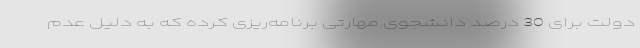
دولت برای 30 درصد دانشجوی مهارتی برنامه‌ریزی کرده که به دلیل عدم